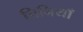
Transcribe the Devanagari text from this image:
चिनियाँ